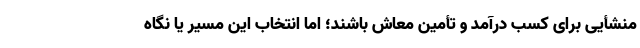
منشأیی برای کسب درآمد و تأمین معاش باشند؛ اما انتخاب این مسیر یا نگاه